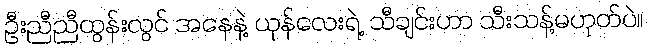
ဦးညီညီထွန်းလွင် အနေနဲ့ ယုန်လေးရဲ့ သီချင်းဟာ သီးသန့်မဟုတ်ပဲ။